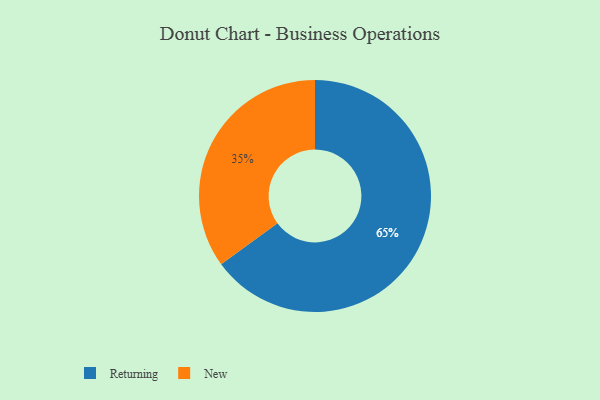
{"axis": {"x": "Category", "y": "Percentage"}, "legend": ["New", "Returning"], "data": [{"x": "New", "y": 35, "type": "New"}, {"x": "Returning", "y": 65, "type": "Returning"}]}